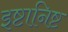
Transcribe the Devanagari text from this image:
इष्टानिष्ट